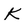
Character: K